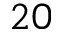
2 0